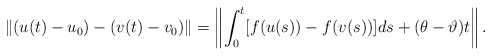
\begin{align*}\|(u(t)-u_{0})-(v(t)-v_{0})\|=\left\|\int_{0}^{t}[f(u(s))-f(v(s))]d s+(\theta-\vartheta) t\right\|.\end{align*}